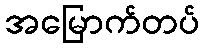
အမြောက်တပ်